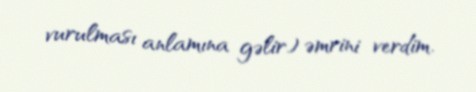
vurulması anlamına gəlir) əmrini verdim.